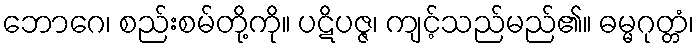
ဘောဂေ၊ စည်းစမ်တို့ကို။ ပဋိပဇ္ဇ၊ ကျင့်သည်မည်၏။ ဓမ္မဂုတ္တံ၊